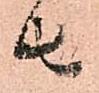
者